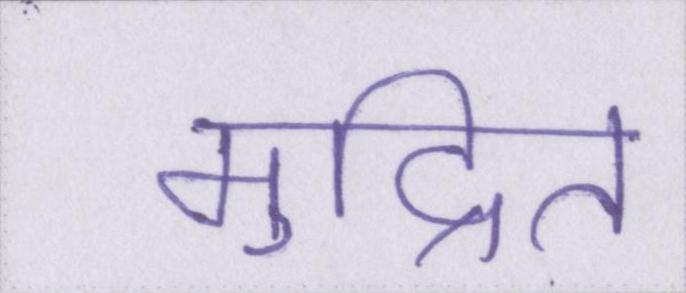
मुद्रित